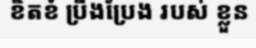
ខិតខំ ប្រឹងប្រែង របស់ ខ្លួន